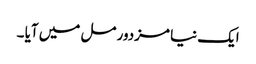
ایک نیا مزدور مل میں آیا ۔